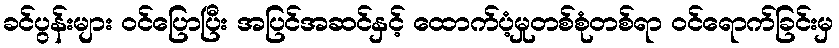
ခင်ပွန်းများ ဝင်ပြောပြီး အပြင်အဆင်နှင့် ထောက်ပံ့မှုတစ်စုံတစ်ရာ ဝင်ရောက်ခြင်းမှ